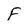
Character: f